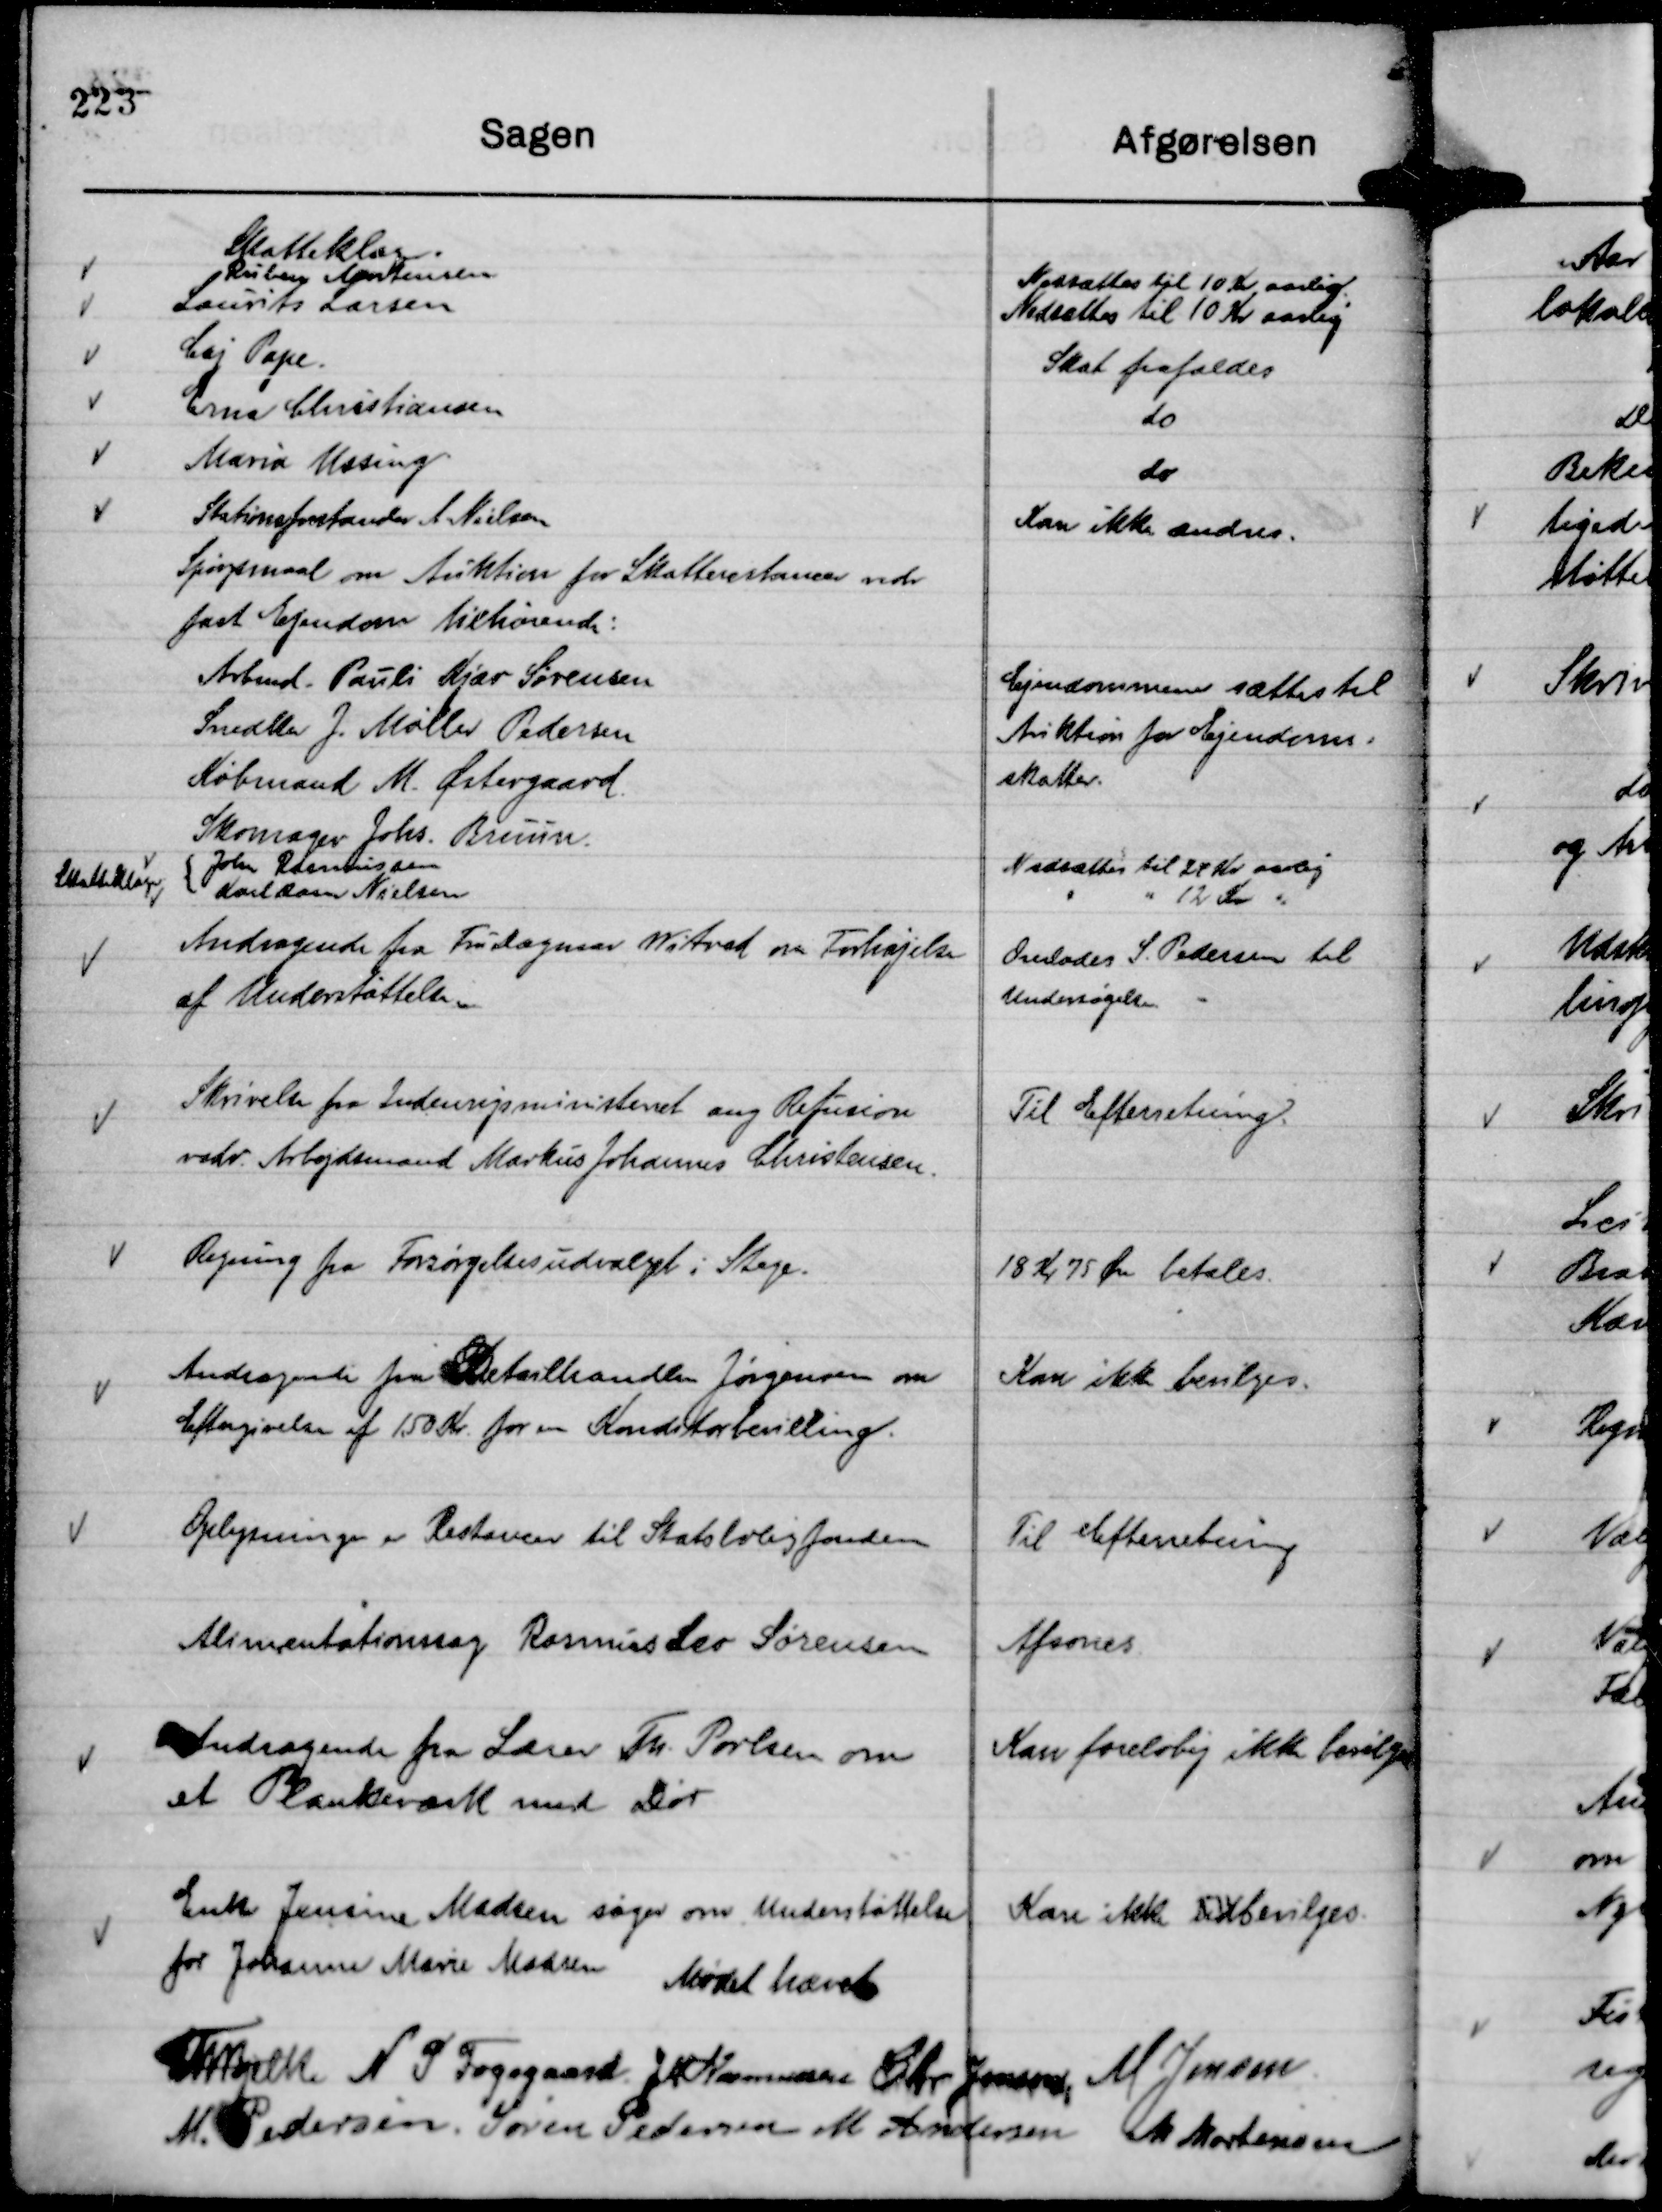
Transskription:
Spørgsmaal om Auktion for Skatterestancer vedr
fast Ejendom tilhørende:
Arbmd. Pauli Kjær Sørensen
Snedker J. Møller Pedersen
Købmand M. Østergaard
Skomager Johs. Bruun

Ejendommene sættes til
Auktion for Ejendoms-
skatter.

Skatteklager
John Rasmussen
Nedsættes til 24 Kr aarlig
Karl Rasm Nielsen
"
" 12 Kr "

Andragende fra Fru Dagmar Witved om Forhøjelse
af Understøttelsen

Overlodes S. Pedersen til
Undersøgelse.

Skrivelse fra Indenrigsministeriet ang Refusion
vedr. Arbejdsmand Markus Johannes Christensen.

Til Efterretning.

Regning fra Forsørgelsesudvalget i Stege.

18 Kr 75 Øre betales.

Andragende fra Detailhandler Jørgensen om
Eftergivelse af 150 Kr. for en Konditorbevilling.

Kan ikke bevilges.

Oplysninger er Restancer til Statsboligfonden

Til Efterretning

Alimentationssag Rasmus Leo Sørensen

Afsones.

Andragende fra Lærer Th. Povlsen om
et Plankeværk med Dør

Kan foreløbig ikke bevilges

Enke Jensine Madsen søger om Understøttelse
for Johanne Marie Madsen

Kan ikke Tidbevilges.

Mødet hævet
Th Bjelke
N P Fogsgaard.
JM Rasmussen
Chr Jensen
M Jensen
M. Pedersen.
Søren Pedersen
M Andersen
M Mortensen